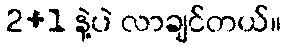
2+1 နဲ့ပဲ လာချင်တယ်။